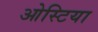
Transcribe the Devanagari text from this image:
ओस्टिया